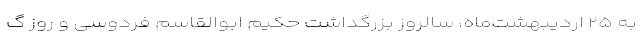
به ۲۵ اردیبهشت‌ماه، سالروز بزرگداشت حکیم ابوالقاسم فردوسی و روز گ